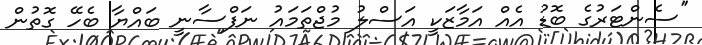
''ސެންޓަރުގެ ބޮޑު އެއް އަމާޒަކީ އަސްލު މުޖްތަމައު ނަފްސާނީ ބައްޔާ ބެހޭ ގޮތުން